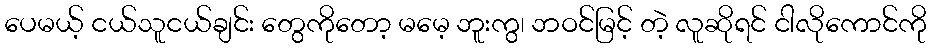
ပေမယ့် ငယ်သူငယ်ချင်း တွေကိုတော့ မမေ့ ဘူးကွ၊ ဘဝင်မြင့် တဲ့ လူဆိုရင် ငါလိုကောင်ကို